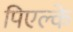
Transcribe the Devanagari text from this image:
पिएल्के